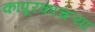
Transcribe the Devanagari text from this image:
कापूरकाचऱ्या